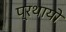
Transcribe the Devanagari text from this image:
प्रथायो